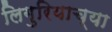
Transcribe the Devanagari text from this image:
लिगुरियाच्या